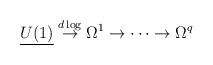
LaTeX: \begin{align*}{\underline {U(1)}} \stackrel{d\log}{\to} \Omega^1 \to \dots \to \Omega^q\end{align*}